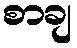
စာချ